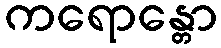
ကရောန္တော